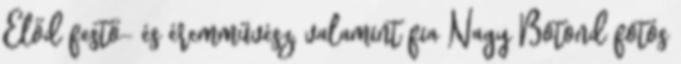
Előd festő- és éremművész, valamint fia Nagy Botond fotós